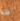
أجل